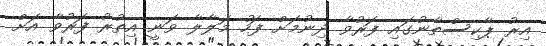
އިރު ޕާކިސްތާނުގައި ފަރުވާ ދިނުމަށް ފަހު މަލާލާ ވަނީ އިތުރު ފަރުވާ އަށް